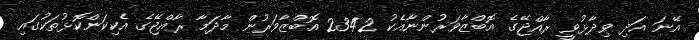
އޭނަ އަދި ވިދާޅުވީ ރާއްޖޭގެ އޮބްޒާވަރުންނާއެކު 2342 އޮބްޒާވަރުން މާދަމާ ރާއްޖޭގެ އެކިކަންކޮޅުތަކުގައި